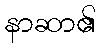
နာဆာ၏